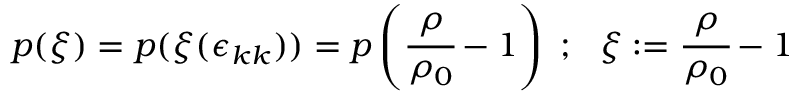
p ( \xi ) = p ( \xi ( \epsilon _ { k k } ) ) = p \left( { \cfrac { \rho } { \rho _ { 0 } } } - 1 \right) ~ ; ~ ~ \xi : = { \cfrac { \rho } { \rho _ { 0 } } } - 1